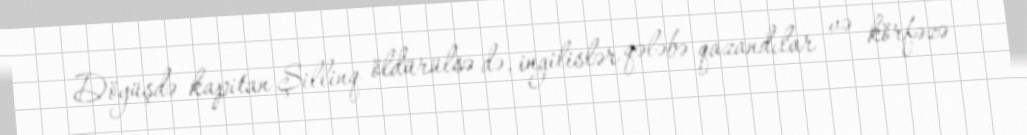
Döyüşdə kapitan Şillinq öldürülsə də, ingilislər qələbə qazandılar və körfəzə